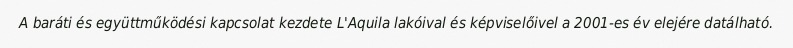
A baráti és együttműködési kapcsolat kezdete L'Aquila lakóival és képviselőivel a 2001-es év elejére datálható.